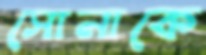
সোনাকে